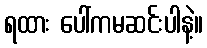
ရထား ပေါ်ကမဆင်းပါနဲ့။